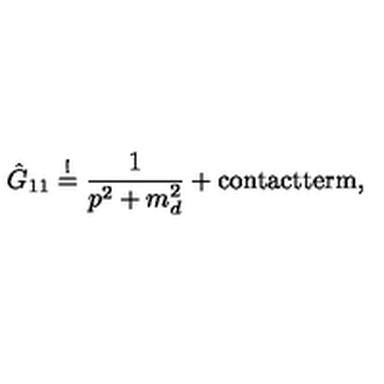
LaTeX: \hat { G } _ { 1 1 } \stackrel { ! } { = } \frac { 1 } { p ^ { 2 } + m _ { d } ^ { 2 } } + \mathrm { c o n t a c t t e r m } ,